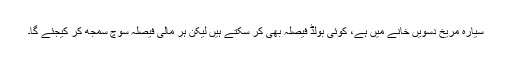
سیارہ مریخ دسویں خانے میں ہے، کوئی بولڈ فیصلہ بھی کر سکتے ہیں لیکن ہر مالی فیصلہ سوچ سمجھ کر کیجئے گا۔